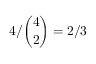
4 / \binom { 4 } { 2 } = 2 / 3